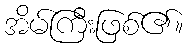
အိမ်ကြီးဖြစ်၏။